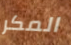
المكر